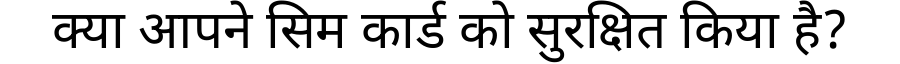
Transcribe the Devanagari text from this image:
क्या आपने सिम कार्ड को सुरक्षित किया है?